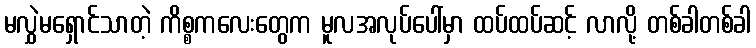
မလွှဲမရှောင်သာတဲ့ ကိစ္စကလေးတွေက မူလအလုပ်ပေါ်မှာ ထပ်ထပ်ဆင့် လာလို့ တစ်ခါတစ်ခါ